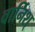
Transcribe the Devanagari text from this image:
वार्निश्